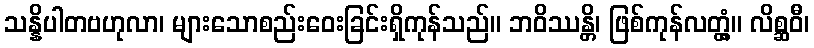
သန္နိပါတဗဟုလာ၊ များသောစည်းဝေးခြင်းရှိကုန်သည်။ ဘဝိဿန္တိ၊ ဖြစ်ကုန်လတ္တံ့။ လိစ္ဆဝီ၊